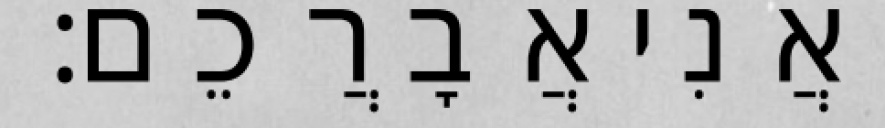
וַאֲנִי אֲבָרֲכֵם׃